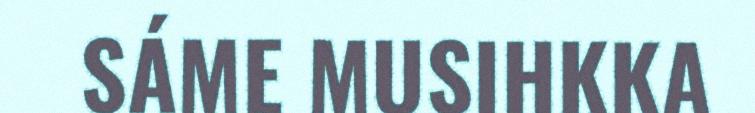
SÁME MUSIHKKA